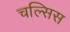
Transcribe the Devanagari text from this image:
चल्सिस